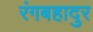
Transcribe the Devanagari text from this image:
रंगबहादुर